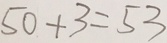
5 0 + 3 = 5 3